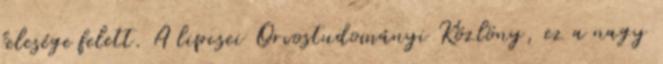
felesége felett. A lipcsei Orvostudományi Közlöny, ez a nagy